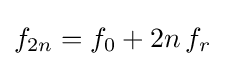
f_{2n}=f_{0}+2n\,f_{r}